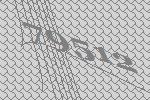
79512